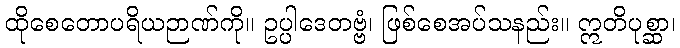
ထိုစေတောပရိယဉာဏ်ကို။ ဥပ္ပါဒေတဗ္ဗံ၊ ဖြစ်စေအပ်သနည်း။ ဣတိပုစ္ဆာ၊